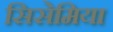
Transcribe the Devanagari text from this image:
सिसेमिया